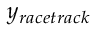
y _ { r a c e t r a c k }